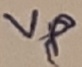
Text: Vp